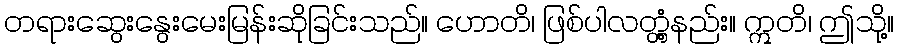
တရားဆွေးနွေးမေးမြန်းဆိုခြင်းသည်။ ဟောတိ၊ ဖြစ်ပါလတ္တံ့နည်း။ ဣတိ၊ ဤသို့။